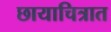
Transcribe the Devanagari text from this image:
छायाचित्रात